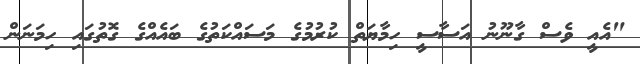
"އެއީ ވެސް ގާނޫނު އަސާސީ ހިމާޔަތް ކުރުމުގެ މަސައްކަތުގެ ބައެއްގެ ގޮތުގައި ހިމަނަން